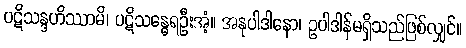
ပဋိသန္ဒဟိဿာမိ၊ ပဋိသန္ဓေရဦးအံ့။ အနုပါဒါနော၊ ဥပါဒါန်မရှိသည်ဖြစ်လျှင်။